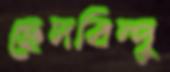
ছেদবিন্দু